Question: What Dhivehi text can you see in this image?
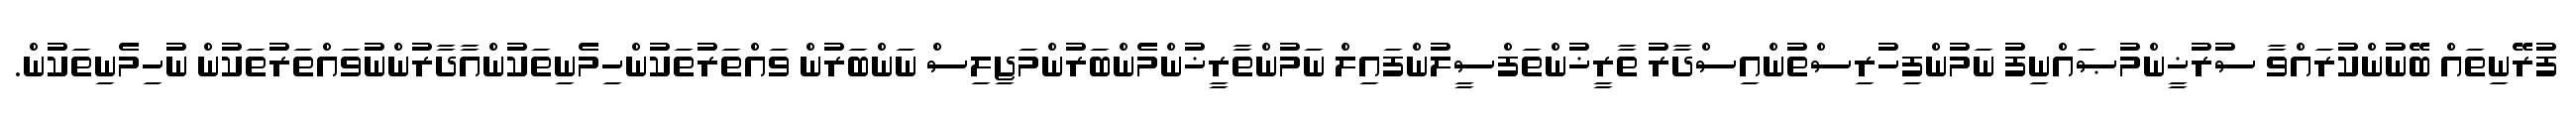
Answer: ފުރޭނިތައް ބޭނުންކުރައްވާ ސުރުޚީންމުޞައްނިފު ނަމުންފިހުރިސްތުންއިސްދާރު ތާރީޚުންތަފްސީލުންފައިލް ނަމުންތާރީޚުންމެންބަރުންމަޖިލިސް ނަންބަރުން ވައްތަރުތަކުންހިމެނިތަކުންއާދާރުންނުވައްތަރުތަކުން ނުހިމެނިތަކުން.